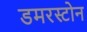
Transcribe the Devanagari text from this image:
डमरस्टोन